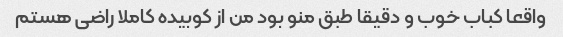
واقعا کباب خوب و دقیقا طبق منو بود من از کوبیده کاملا راضی هستم